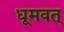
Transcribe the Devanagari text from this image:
धूमवत्